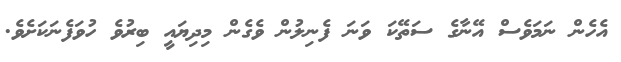
އެހެން ނަމަވެސް އޭނާގެ ސަތޭކަ ވަނަ ފެނިލުން ވެގެން މިދިޔައީ ބިރުވެ ހުވަފެނަކަށެވެ.